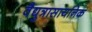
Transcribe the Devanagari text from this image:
वैद्युत्रासायनिक